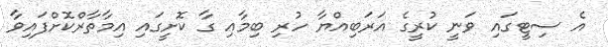
އެ ސިޓީގައި ވަނީ ކުރީގެ އަރަބިއްޔާ ހުރި ބިމާއި ގާ ކޮށީގައި އިމާތާރްކޮށްފައިވާ